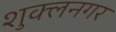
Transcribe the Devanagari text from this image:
शुक्लनगर